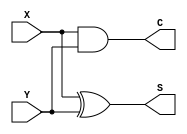
/*
 * Generated by Digital. Don't modify this file!
 * Any changes will be lost if this file is regenerated.
 */

module HalfAdderAdd (
  input X,
  input Y,
  output S,
  output C
);
  assign S = (X ^ Y);
  assign C = (X & Y);
endmodule